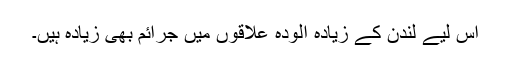
اس لیے لندن کے زیادہ آلودہ علاقوں میں جرائم بھی زیادہ ہیں۔